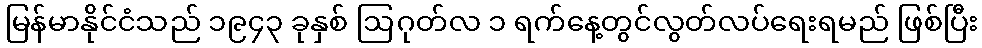
မြန်မာနိုင်ငံသည် ၁၉၄၃ ခုနှစ် ဩဂုတ်လ ၁ ရက်နေ့တွင်လွတ်လပ်ရေးရမည် ဖြစ်ပြီး